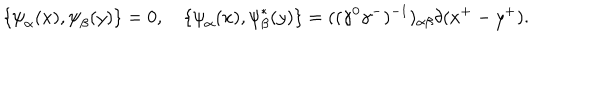
LaTeX: \{ { \psi } _ { \alpha } ( x ) , { \psi } _ { \beta } ( y ) \} = 0 , \quad \{ { \psi } _ { \alpha } ( x ) , { \psi } _ { \beta } ^ { \ast } ( y ) \} = ( ( { \gamma } ^ { 0 } { \gamma } ^ { - } ) ^ { - 1 } ) _ { { \alpha } { \beta } } { \delta } ( x ^ { + } - y ^ { + } ) .